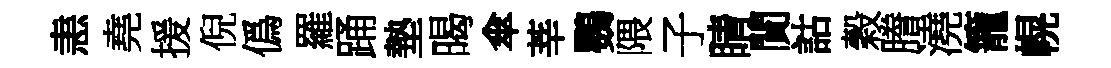
恚堯援倪僞羅踊墊暍傘莘鸚隈子睛閴詁穀謄澆籠幌